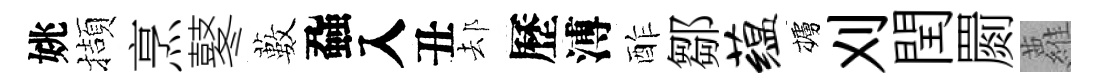
姚擷烹鼕藪蝨入丑𨚫歷溥酢鄒蕴櫨刈閏罽蘿